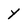
Character: y